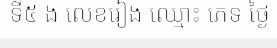
ទី៥ ង លេខរៀង ឈ្មោះ ភេទ ថ្ងៃ